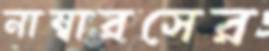
নাম্বারসের